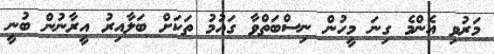
މަރުވި އެންމެ ގިނަ މީހުން ނިސްބަތްވާ ގައުމު ތަކަށް ބަލާއިރު އީރާނުން ބުނީ